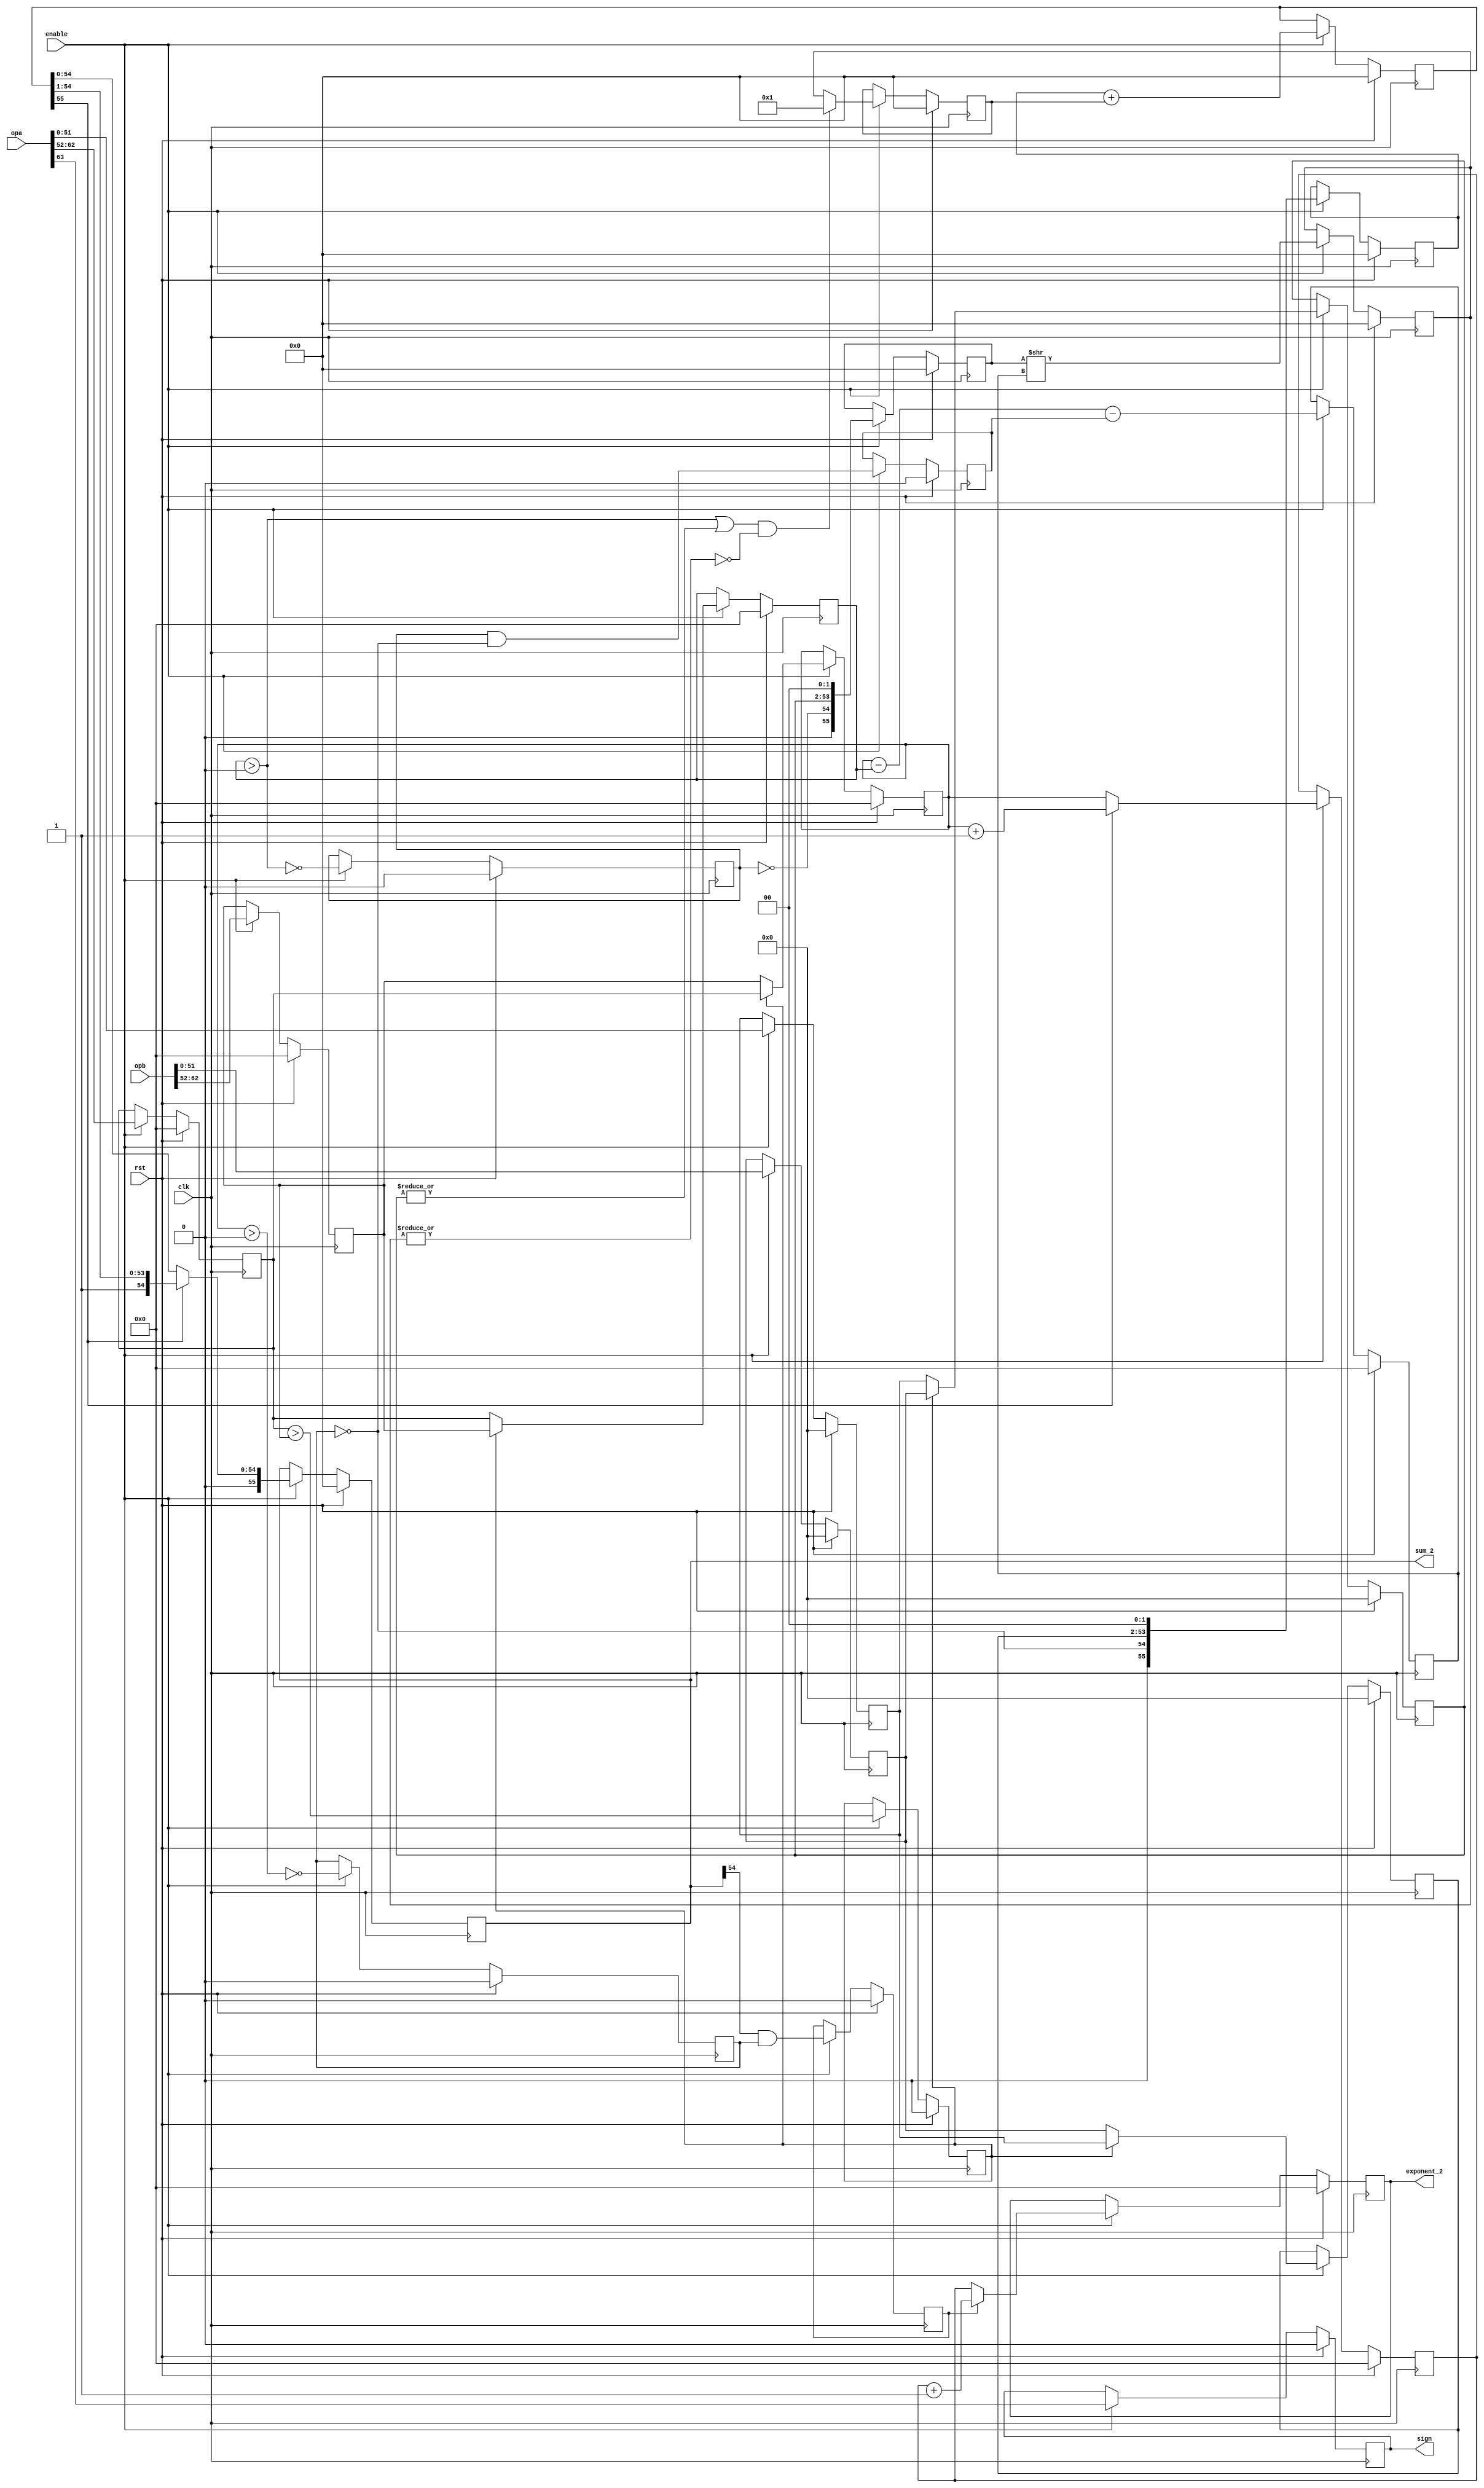

module fpu_add( clk, rst, enable, opa, opb, sign, sum_2, exponent_2);
input		clk;
input		rst;
input		enable;
input	[63:0]	opa, opb;
output		sign;
output  [55:0]	sum_2;
output	[10:0]	exponent_2;

reg   sign;
reg   [10:0] exponent_a;
reg   [10:0] exponent_b;
reg   [51:0] mantissa_a;
reg   [51:0] mantissa_b;
reg   expa_gt_expb;
reg   [10:0] exponent_small;
reg   [10:0] exponent_large;
reg   [51:0] mantissa_small;
reg   [51:0] mantissa_large;
reg   small_is_denorm;
reg   large_is_denorm;
reg   large_norm_small_denorm;
reg   [10:0] exponent_diff;
reg   [55:0] large_add;
reg   [55:0] small_add;
reg   [55:0] small_shift;
wire   small_shift_nonzero = |small_shift[55:0];
wire	small_is_nonzero = (exponent_small > 0) | |mantissa_small[51:0]; 
wire   small_fraction_enable = small_is_nonzero & !small_shift_nonzero;
wire   [55:0] small_shift_2 = { 55'b0, 1'b1 };
reg   [55:0] small_shift_3;
reg   [55:0] sum;
wire   sum_overflow = sum[55]; // sum[55] will be 0 if there was no carry from adding the 2 numbers
reg   [55:0] sum_2;
reg   [10:0] exponent;
wire   sum_leading_one = sum_2[54]; // this is where the leading one resides, unless denorm
reg   denorm_to_norm;
reg   [10:0] exponent_2;

always @(posedge clk) 
	begin
		if (rst) begin
			sign <= 0;
			exponent_a <= 0;
			exponent_b <= 0;
			mantissa_a <= 0;
			mantissa_b <= 0;
			expa_gt_expb <= 0;
			exponent_small  <= 0;
			exponent_large  <= 0;
			mantissa_small  <= 0;
			mantissa_large  <= 0;
			small_is_denorm <= 0;
			large_is_denorm <= 0;
			large_norm_small_denorm <= 0;
			exponent_diff <= 0;
			large_add <= 0;
			small_add <= 0;
			small_shift <= 0;
			small_shift_3 <= 0;
			sum <= 0;
			sum_2 <= 0;
			exponent <= 0;
			denorm_to_norm <= 0;
			exponent_2 <= 0;
		end
		else if (enable) begin
			sign <= opa[63];
			exponent_a <= opa[62:52];
			exponent_b <= opb[62:52];
			mantissa_a <= opa[51:0];
			mantissa_b <= opb[51:0];
			expa_gt_expb <= exponent_a > exponent_b;
			exponent_small  <= expa_gt_expb ? exponent_b : exponent_a;
			exponent_large  <= expa_gt_expb ? exponent_a : exponent_b;
			mantissa_small  <= expa_gt_expb ? mantissa_b : mantissa_a;
			mantissa_large  <= expa_gt_expb ? mantissa_a : mantissa_b;
			small_is_denorm <= !(exponent_small > 0);
			large_is_denorm <= !(exponent_large > 0);
			large_norm_small_denorm <= (small_is_denorm && !large_is_denorm);
			exponent_diff <= exponent_large - exponent_small - large_norm_small_denorm;
			large_add <= { 1'b0, !large_is_denorm, mantissa_large, 2'b0 };
			small_add <= { 1'b0, !small_is_denorm, mantissa_small, 2'b0 };
			small_shift <= small_add >> exponent_diff;
			small_shift_3 <= small_fraction_enable ? small_shift_2 : small_shift;
			sum <= large_add + small_shift_3;
			sum_2 <= sum_overflow ? sum >> 1 : sum;
			exponent <= sum_overflow ? exponent_large + 1: exponent_large;
			denorm_to_norm <= sum_leading_one & large_is_denorm;
			exponent_2 <= denorm_to_norm ? exponent + 1 : exponent;
		end
	end

endmodule